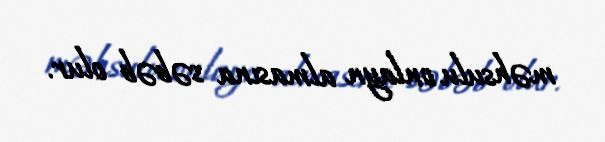
məhsulu onlayn almasına səbəb olur.